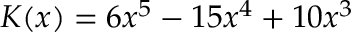
K ( x ) = 6 x ^ { 5 } - 1 5 x ^ { 4 } + 1 0 x ^ { 3 }